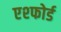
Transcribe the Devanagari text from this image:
एश्फोर्ड